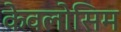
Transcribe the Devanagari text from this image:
केवलोसिम